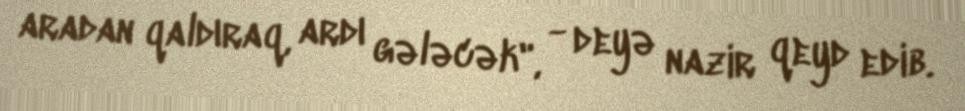
aradan qaldıraq, ardı gələcək", - deyə nazir qeyd edib.